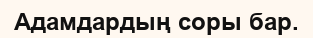
Адамдардың соры бар.